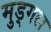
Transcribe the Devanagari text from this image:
मुड्गल